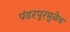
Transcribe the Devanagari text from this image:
पंढरपूरमुळेच